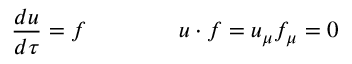
\frac { d u } { d \tau } = f \qquad \qquad u \cdot f = u _ { \mu } f _ { \mu } = 0